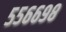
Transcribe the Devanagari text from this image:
५५६६९८